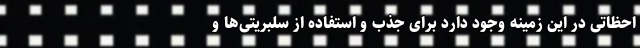
احظاتی در این زمینه وجود دارد برای جذب و استفاده از سلبریتی‌ها و